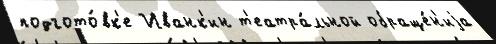
подгото́вк'е Иванк'ин т'еатра́льной обраще́н'иjа